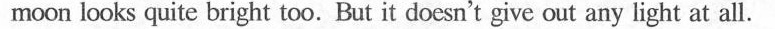
moon looks quite bright too. But it doesn't give out any light at all.